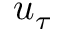
u _ { \tau }